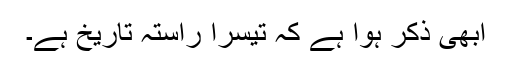
ابھی ذکر ہوا ہے کہ تیسرا راستہ تاریخ ہے۔